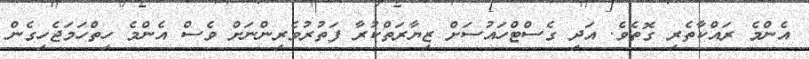
އެންމެ ރައްކާތެރި ގޮތެވެ. އަދި ގެސްޓްހައުސަށް ޒިޔާރަތްކުރާ ފަތުރުވެރިންނަށް ވެސް އެންމެ ހިތްހަމަޖެހިގެން